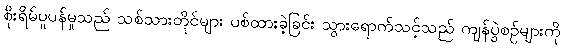
စိုးရိမ်ပူပန်မှုသည် သစ်သားတိုင်များ ပစ်ထားခဲ့ခြင်း သွားရောက်သင့်သည် ကျန်ပွဲစဉ်များကို